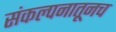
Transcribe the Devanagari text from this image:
संकल्पनातूनच